Vaccination United Provinces of Agra and Oudh 1902-1913 - 1902-1913
Year: 1902
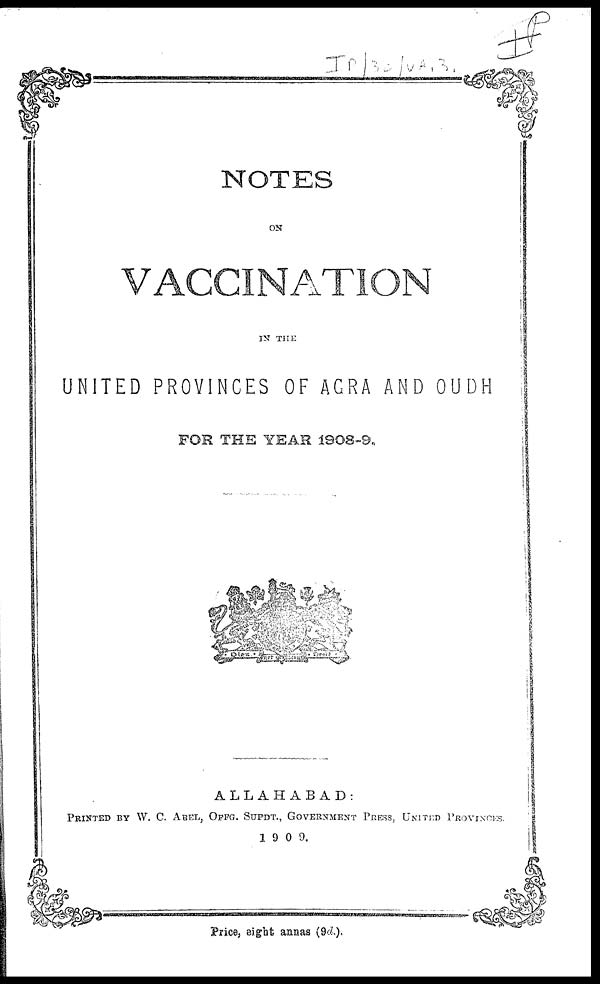
NOTES
ON
VACCINATION
IN THE
UNITED PROVINCES OF AGRA AND OUDH
FOR THE YEAR 1908-9.
ALLAHABAD.
PRINTED BY W. C. ABEL, OFFG. SUPDT., GOVERNMENT PRESS, UNITED PROVINCES.
1909.
Price, eight annas (9d.).